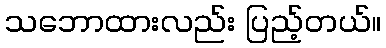
သဘောထားလည်း ပြည့်တယ်။